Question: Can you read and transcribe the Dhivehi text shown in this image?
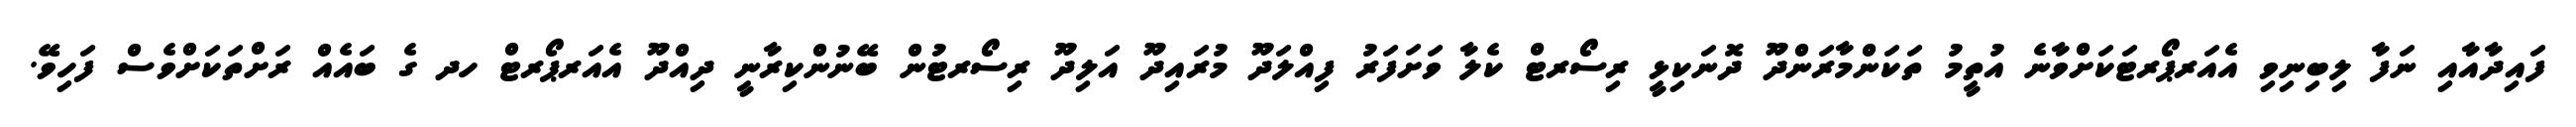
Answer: ފައިދާއާއި ނަފާ ލިބިނިވި އެއަރޕޯރޓަކަށްވާނެ އުތީމު ތަކަންމާރަންދޫ ދޮނަކިޅީ ރިސޯރޓް ކެލާ ވަށަފަރު ފިއްލަދޫ މުރައިދޫ އަލިދޫ ރިސޯރޓުން ބޭނުންކިރާނީ ދިއްދޫ އެއަރޕޯރޓް ހދ ގެ ބައެއް ރަށްތަކަށްވެސް ފަހިވޭ.